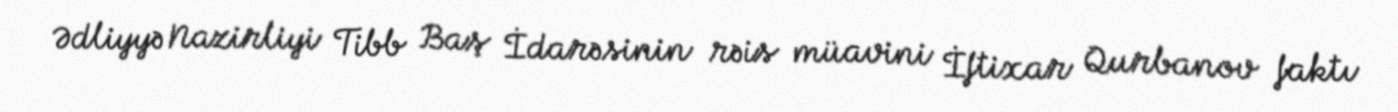
Ədliyyə Nazirliyi Tibb Baş İdarəsinin rəis müavini İftixar Qurbanov faktı